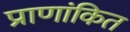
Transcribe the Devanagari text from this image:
प्राणांकित